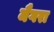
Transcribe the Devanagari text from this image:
मैगरा